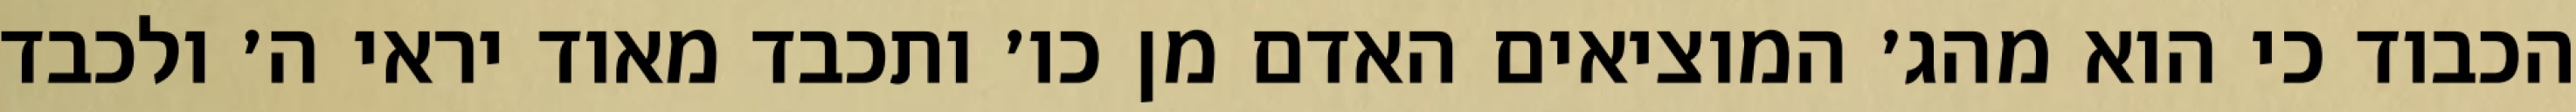
הכבוד כי הוא מהג׳ המוציאים האדם מן כו׳ ותכבד מאוד יראי ה׳ ולכבד